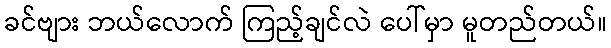
ခင်ဗျား ဘယ်လောက် ကြည့်ချင်လဲ ပေါ်မှာ မူတည်တယ်။